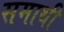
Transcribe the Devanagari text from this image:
समाथी